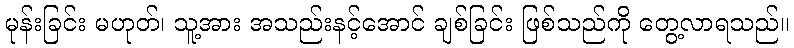
မုန်းခြင်း မဟုတ်၊ သူ့အား အသည်းနင့်အောင် ချစ်ခြင်း ဖြစ်သည်ကို တွေ့လာရသည်။